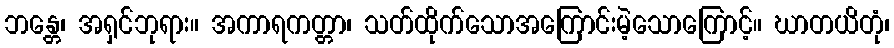
ဘန္တေ၊ အရှင်ဘုရား။ အကာရကတ္တာ၊ သတ်ထိုက်သောအကြောင်းမဲ့သောကြောင့်။ ဃာတယိတုံ၊